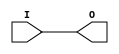

/*

FUNCTION	: INPUT BUFFER

*/

`timescale  100 ps / 10 ps

`celldefine

module IBUF (O, I);


    output O;

    input  I;

	buf B1 (O, I);

    specify
	(I *> O) = (0, 0);
    endspecify

endmodule

`endcelldefine